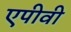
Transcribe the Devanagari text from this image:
एपीवी